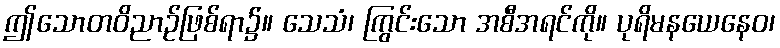
ဤသောတဝိညာဉ်ဖြစ်ရာ၌။ သေသံ၊ ကြွင်းသော အစီအရင်ကို။ ပုရိမနယေနေဝ၊